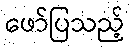
ဖော်ပြသည့်